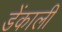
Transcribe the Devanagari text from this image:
डेंकाली